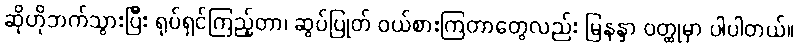
ဆိုဟိုဘက်သွားပြီး ရုပ်ရှင်ကြည့်တာ၊ ဆွပ်ပြုတ် ဝယ်စားကြတာတွေလည်း မြနန္ဒာ ဝတ္ထုမှာ ပါပါတယ်။